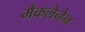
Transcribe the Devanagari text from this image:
मैकलेनेन